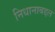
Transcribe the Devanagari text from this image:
निधानाबद्दल